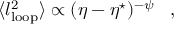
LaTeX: \langle l _ { \mathrm { l o o p } } ^ { 2 } \rangle \propto ( \eta - \eta ^ { \star } ) ^ { - \psi } \, \, \, \, \, , \, \, \, \, \,